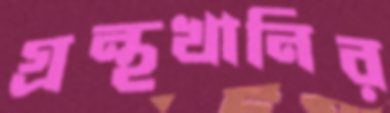
গ্রন্থখানির